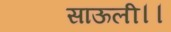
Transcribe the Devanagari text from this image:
साऊली।।